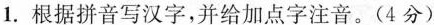
1.根据拼音写汉字，并给加点字注音。(4分)